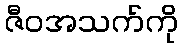
ဇီဝအသက်ကို